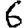
Digit: 6